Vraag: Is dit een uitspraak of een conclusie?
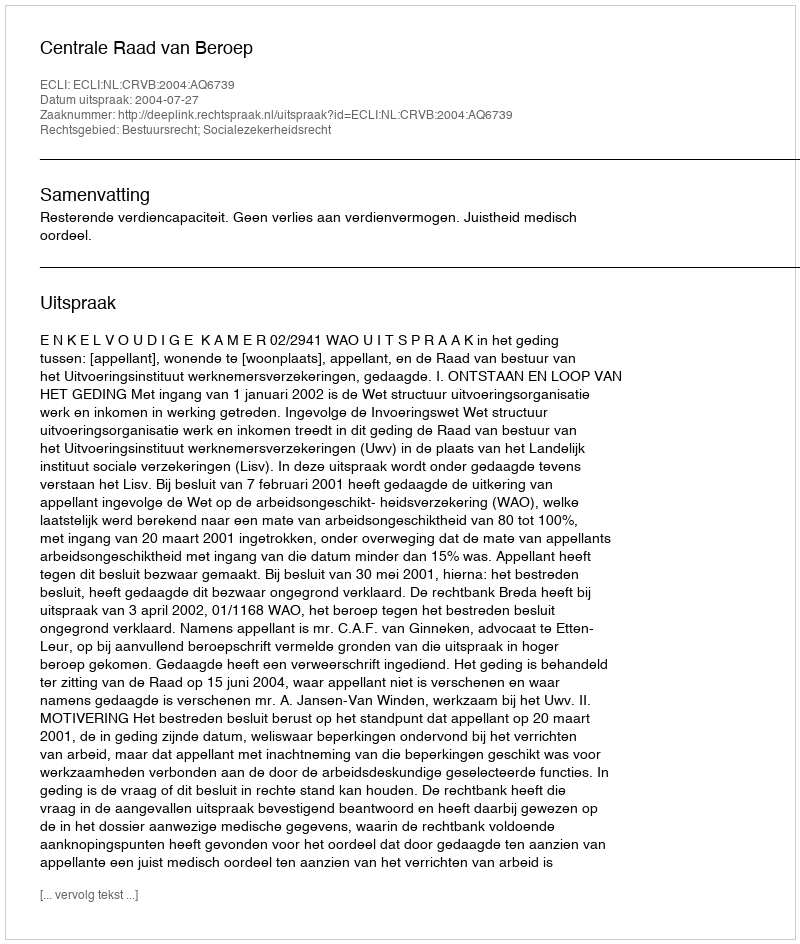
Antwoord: Uitspraak